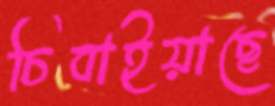
চিবাইয়াছে